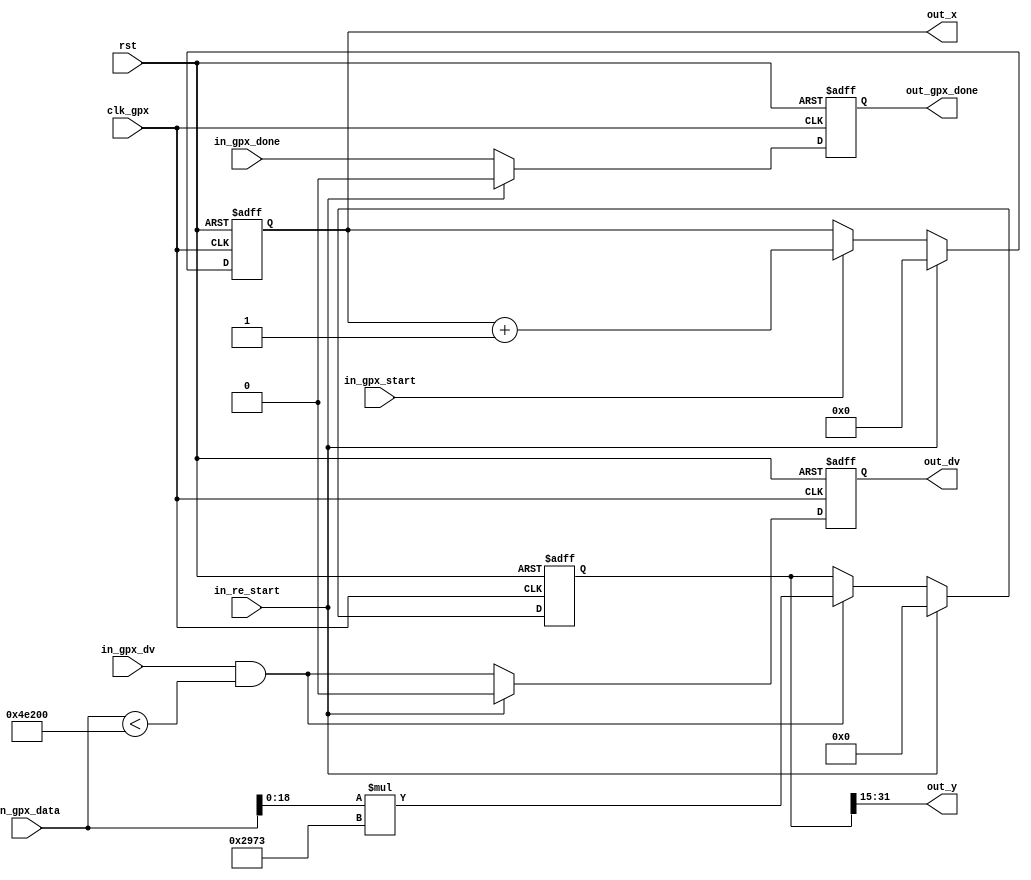
`timescale 1ns / 1ps
//////////////////////////////////////////////////////////////////////////////////
// Company: 
// Engineer: 
// 
// Design Name: 
// Module Name: gpx_time_to_s
// Project Name: 
// Target Devices: 
// Tool Versions: 
// Description: 
// 
// Dependencies: 
// 
// Revision:
// Revision 0.01 - File Created
// Additional Comments:
// 
//////////////////////////////////////////////////////////////////////////////////


module gpx_time_to_s(
clk_gpx,
                     rst,
                     in_re_start,
                     in_gpx_start,
                     in_gpx_dv,
                     in_gpx_data,
                     in_gpx_done,
                     out_y,
                     out_dv,
                     out_gpx_done,
                     out_x
                     );

input            clk_gpx;
input            rst;
input            in_re_start;
input            in_gpx_start;
input            in_gpx_dv;
input[31:0]      in_gpx_data;//19 bit 
input            in_gpx_done;

output[13:0]     out_x;
reg   [13:0]     out_x;


output[16:0]     out_y;
output           out_dv;
reg              out_dv;
output           out_gpx_done;
reg              out_gpx_done;

reg[32:0] piple_s;

parameter        MAX_TIME_DATA = 32'd320000;

//4*80.3*0.15/1000 * 2^18

parameter        T2S_PARA = 14'd10611;//15 frac

wire w_res;

assign w_res = (in_gpx_data < MAX_TIME_DATA);


always @(posedge clk_gpx or posedge rst)
if(rst) piple_s <= 33'd0;
else begin
	if(in_re_start) piple_s <= 33'd0;
	else begin
	    if(in_gpx_dv & w_res) piple_s <= in_gpx_data[18:0] * T2S_PARA;
	end
end


assign out_y  = piple_s[31:15];

always @(posedge clk_gpx or posedge rst)
if(rst) begin
	  out_dv <= 1'b0;
	  out_gpx_done <= 1'b0;
end
else begin
	if(in_re_start) begin
	   out_dv <= 1'b0;
	   out_gpx_done <= 1'b0;
	end
	else begin
	  out_dv <=  in_gpx_dv & w_res;
	  out_gpx_done <= in_gpx_done;
	end
end

always @(posedge clk_gpx or posedge rst)
if(rst) out_x <= 14'd0;
else begin
   if(in_re_start) out_x <= 14'd0;
   else begin
      if(in_gpx_start) out_x <= out_x + 1'b1;
   end
end


endmodule